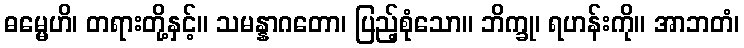
ဓမ္မေဟိ၊ တရားတို့နှင့်။ သမန္နာဂတော၊ ပြည့်စုံသော။ ဘိက္ခု၊ ရဟန်းကို။ အာဘတံ၊